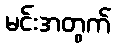
မင်းအတွက်